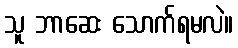
သူ ဘာဆေး သောက်ရမလဲ။